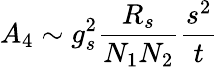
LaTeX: A_{4}\sim g_{s}^{2}\frac{R_{s}}{N_{1}N_{2}}\frac{s^{2}}{t}